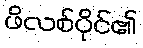
ဖိလစ်ပိုင်၏